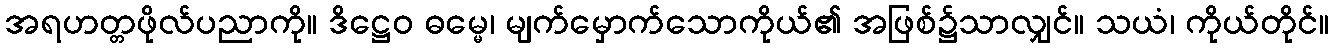
အရဟတ္တဖိုလ်ပညာကို။ ဒိဋ္ဌေဝ ဓမ္မေ၊ မျက်မှောက်သောကိုယ်၏ အဖြစ်၌သာလျှင်။ သယံ၊ ကိုယ်တိုင်။